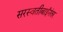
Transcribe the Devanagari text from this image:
सरस्वतीबाईंनंतर